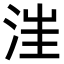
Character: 𣳫